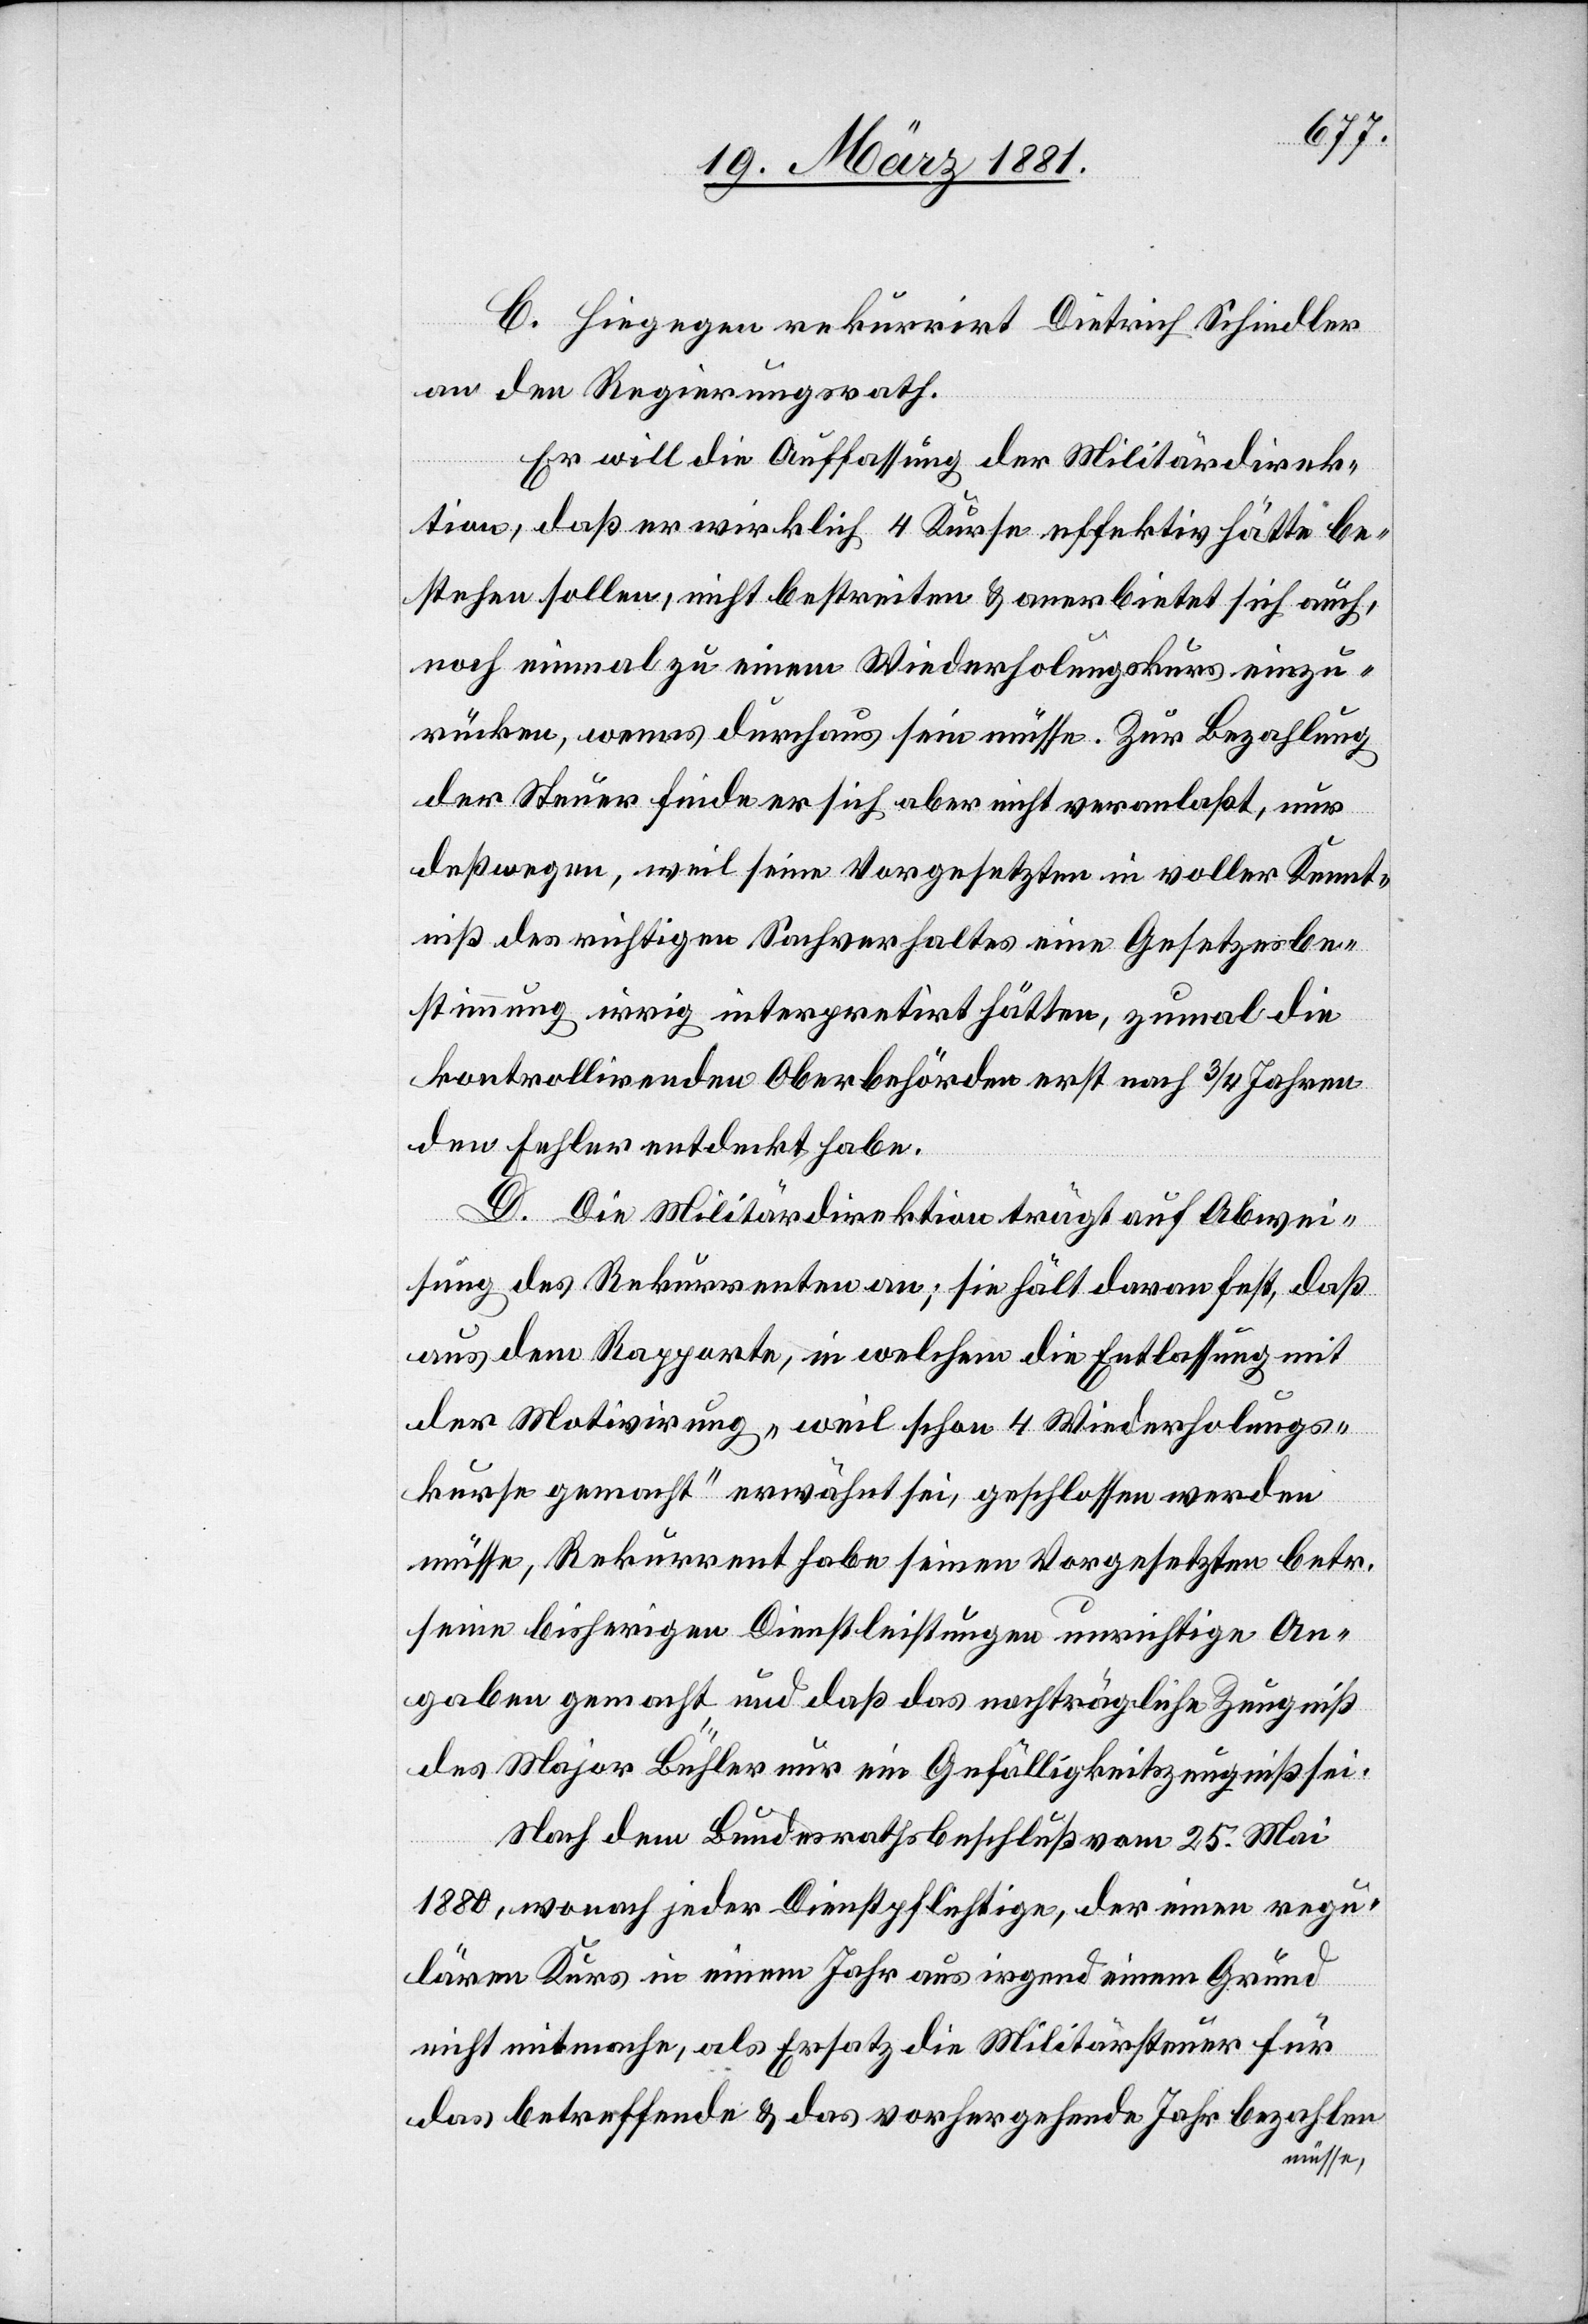
C. Hiegegen rekurrirt Dietrich Schindler
an den Regierungsrath.
Er will die Auffassung der Militärdirek¬
tion, daß er wirklich 4 Kurse effektiv hätte be¬
stehen sollen, nicht bestreiten & anerbietet sich auch,
noch einmal zu einem Wiederholungskurs einzu¬
rücken, wenn es durchaus sein müsse. Zur Bezahlung
der Steuer finde er sich aber nicht veranlaßt, nur
deßwegen, weil seine Vorgesetzten in voller Kennt¬
niß des richtigen Sachverhaltes eine Gesetzesbe¬
stimmung irrig interpretirt hätten, zumal die
kontrollirenden Oberbehörden erst nach 3/4 Jahren
den Fehler entdeckt habe.
D. Die Militärdirektion trägt auf Abwei¬
sung des Rekurrenten an; sie hält daran fest, daß
aus dem Rapporte, in welchem die Entlassung mit
der Motivirung „weil schon 4 Wiederholungs¬
kurse gemacht“ erwähnt sei, geschlossen werden
müsse, Rekurrent habe seinen Vorgesetzten betr.
seine bisherigen Dienstleistungen unrichtige An¬
gaben gemacht und daß das nachträgliche Zeugniß
des Major Bühler nur ein Gefälligkeitszeugniß sei.
Nach dem Bundesrathsbeschluß vom 25. Mai
1880, wonach jeder Dienstpflichtige, der einen regu¬
lären Kurs in einem Jahr aus irgend einem Grund
nicht mitmache, als Ersatz die Militärsteuer für
das betreffende & das vorhergehende Jahr bezahlen
müsse,